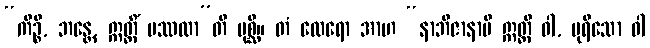
“ကိဉ္စိ, ဘန္တေ, ဣတ္ထိံ ပဿထာ”တိ ပုစ္ဆိ။ တံ ထေရော အာဟ “နာဘိဇာနာမိ ဣတ္ထီ ဝါ, ပုရိသော ဝါ